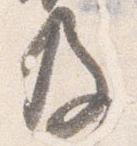
及